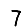
Digit: 7